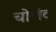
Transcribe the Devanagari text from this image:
चोलेट